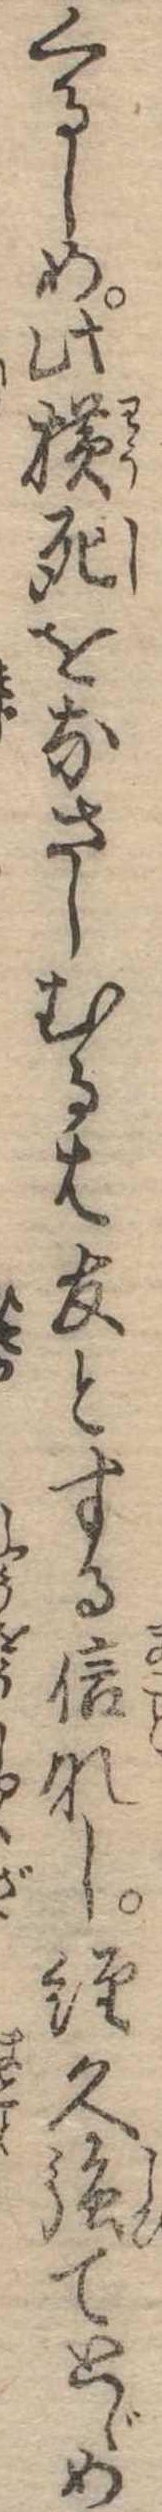
くるしめ此横死をなさしむるは友とする信なし経久強てとゞめ